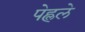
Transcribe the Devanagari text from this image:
पेह्लले